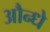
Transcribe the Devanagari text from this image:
औन्धे